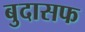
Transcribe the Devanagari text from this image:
बुदासफ